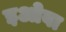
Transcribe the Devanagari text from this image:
इओवा